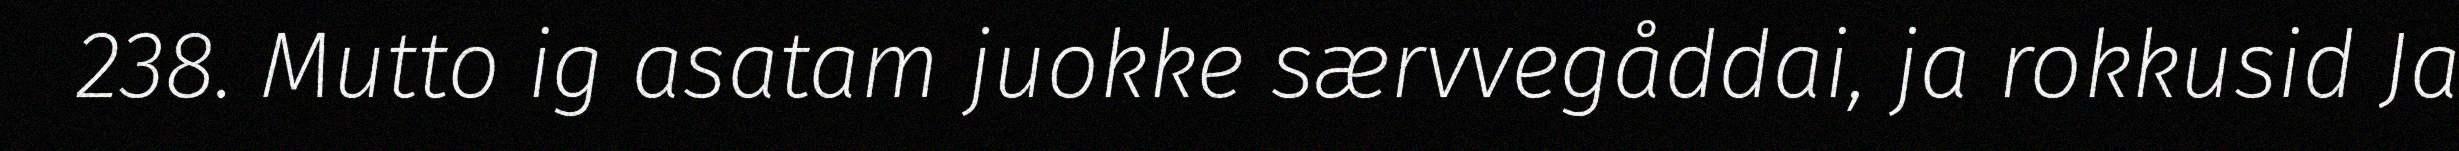
238. Mutto ig asatam juokke særvvegåddai, ja rokkusid Ja